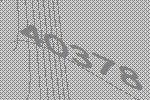
40378